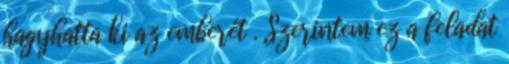
hagyhatta ki az emberét . Szerintem ez a feladat